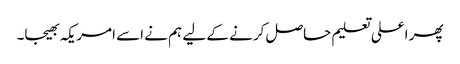
پھر اعلی تعلیم حاصل کرنے کے لیے ہم نے اسے امریکہ بھیجا۔